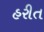
હરીત